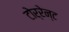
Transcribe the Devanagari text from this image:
टोर्रेन्ट